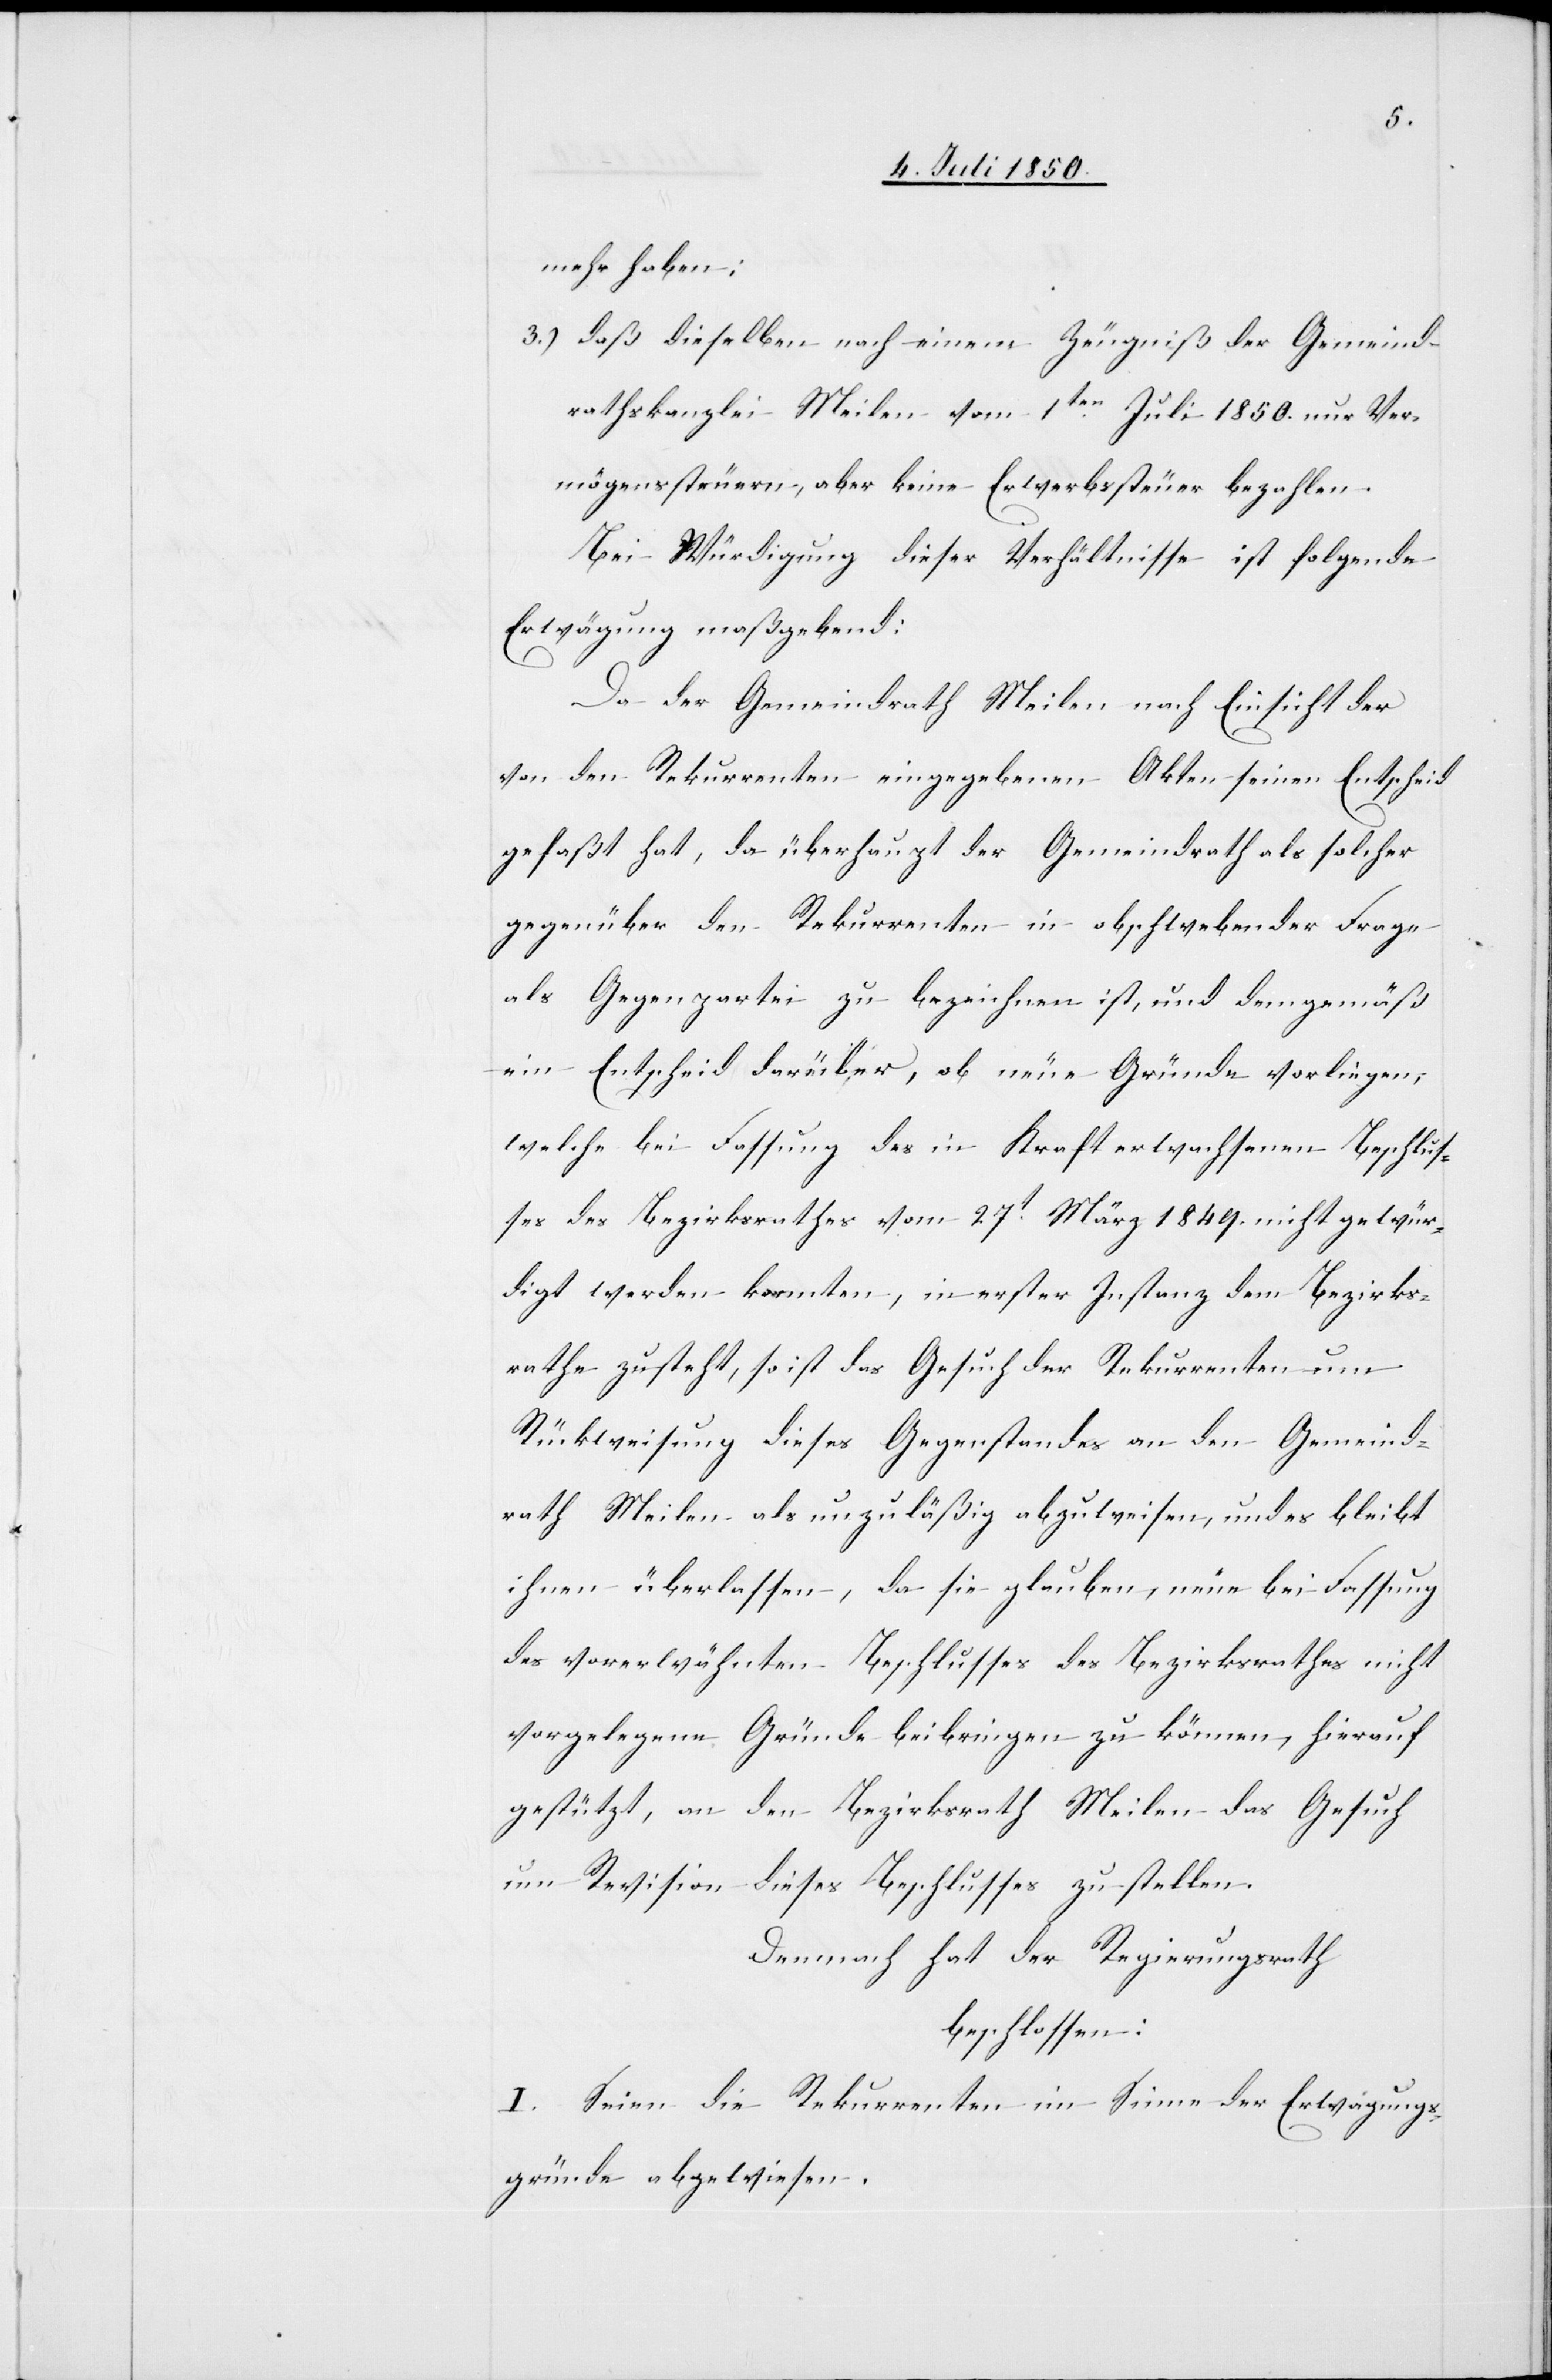
mehr haben;
3.) daß dieselben nach einem Zeugniß der Gemeind¬
rathskanzlei Meilen vom 1ten Juli 1850. nur Ver¬
mögenssteuern, aber keine Erwerbssteuer bezahlen.
Bei Würdigung dieser Verhältnisse ist folgende
Erwägung maßgebend:
Da der Gemeindrath Meilen nach Einsicht der
von den Rekurrenten eingegebenen Akten seinen Entscheid
gefaßt hat, da überhaupt der Gemeindrath als solcher
gegenüber den Rekurrenten in obschwebender Frage
als Gegenpartei zu bezeichnen ist, und demgemäß
ein Entscheid darüber, ob neue Gründe vorliegen,
welche bei Fassung des in Kraft erwachsenen Beschlus¬
ses des Bezirksrathes vom 27t März 1849. nicht gewür¬
digt werden konnten, in erster Instanz dem Bezirks¬
rathe zusteht, so ist das Gesuch der Rekurrenten um
Rückweisung dieses Gegenstandes an den Gemeind¬
rath Meilen als unzuläßig abzuweisen, und es bleibt
ihnen überlassen, da sie glauben, neue bei Fassung
des vorerwähnten Beschlusses des Bezirksrathes nicht
vorgelegene Gründe beibringen zu können, hierauf
gestützt, an den Bezirksrath Meilen das Gesuch
um Revision dieses Beschlusses zu stellen.
Demnach hat der Regierungsrath
beschlossen:
I. Seien die Rekurrenten im Sinne der Erwägungs¬
gründe abgewiesen.